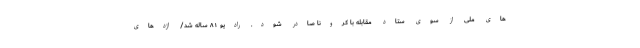
های ملی از سوی ستاد مقابله با کرونا صادر شود. رادیو ۸۱ ساله شد/ اژدهای